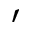
'